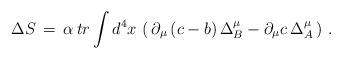
LaTeX: \begin{align*}\Delta S \,=\, \alpha \,tr\int d^4x \, \left( \,\partial_\mu \,(c-b)\,\Delta^\mu_B-\partial_\mu c \, \Delta^\mu_A \,\right)\,.\end{align*}